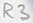
Text: R3